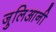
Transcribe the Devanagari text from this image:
जुलिआनी